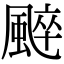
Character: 𩗶